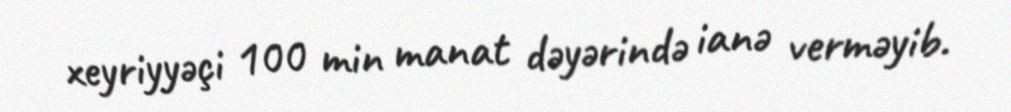
xeyriyyəçi 100 min manat dəyərində ianə verməyib.